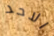
الاحد